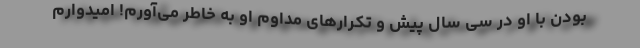
بودن با او در سی سال پیش و تکرارهای مداوم او به خاطر می‌آورم! امیدوارم